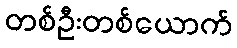
တစ်ဦးတစ်ယောက်